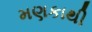
મણકાથી